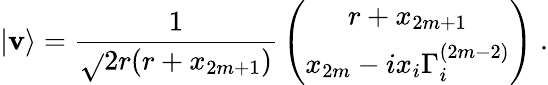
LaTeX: |\mathbf{v}\rangle={\frac{{1}}{{\sqrt{}{{2r(r+x_{2m+1})}}}}}\left(\begin{array}{c}{{r+x_{2m+1}}}\\ {{x_{2m}-ix_{i}\Gamma_{i}^{(2m-2)}}}\end{array}\right)\; .